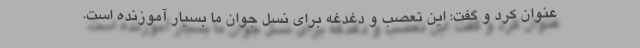
عنوان کرد و گفت: این تعصب و دغدغه برای نسل جوان ما بسیار آموزنده است.